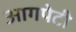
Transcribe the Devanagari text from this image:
आगपेटी